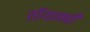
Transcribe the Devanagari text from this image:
तॉयनबी